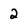
Character: 2